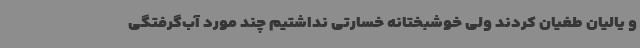
و یالیان طغیان کردند ولی خوشبختانه خسارتی نداشتیم چند مورد آب‌گرفتگی